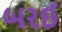
બરઈ